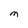
Character: M